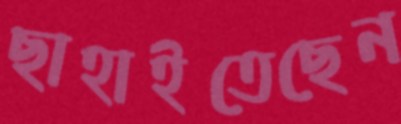
ছাহাইতেছেন